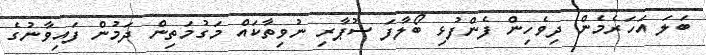
ބަލަ އަހަރެމެން ދިވެހިން ފެންފުޅި ބޯލާފަ ސުޕާރި ނުވިތާކައް މަގުމަތިން ދަމުން ފައިވާނުގެ